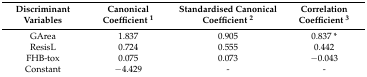
<table><thead><tr><td><b>Discriminant Variables</b></td><td><b>Canonical Coefficient <sup>1</sup></b></td><td><b>Standardised Canonical Coefficient <sup>2</sup></b></td><td><b>Correlation Coefficient <sup>3</sup></b></td></tr></thead><tbody><tr><td>GArea</td><td>1.837</td><td>0.905</td><td>0.837 *</td></tr><tr><td>ResisL</td><td>0.724</td><td>0.555</td><td>0.442</td></tr><tr><td>FHB-tox</td><td>0.075</td><td>0.073</td><td>−0.043</td></tr><tr><td>Constant</td><td>−4.429</td><td>-</td><td>-</td></tr></tbody></table>